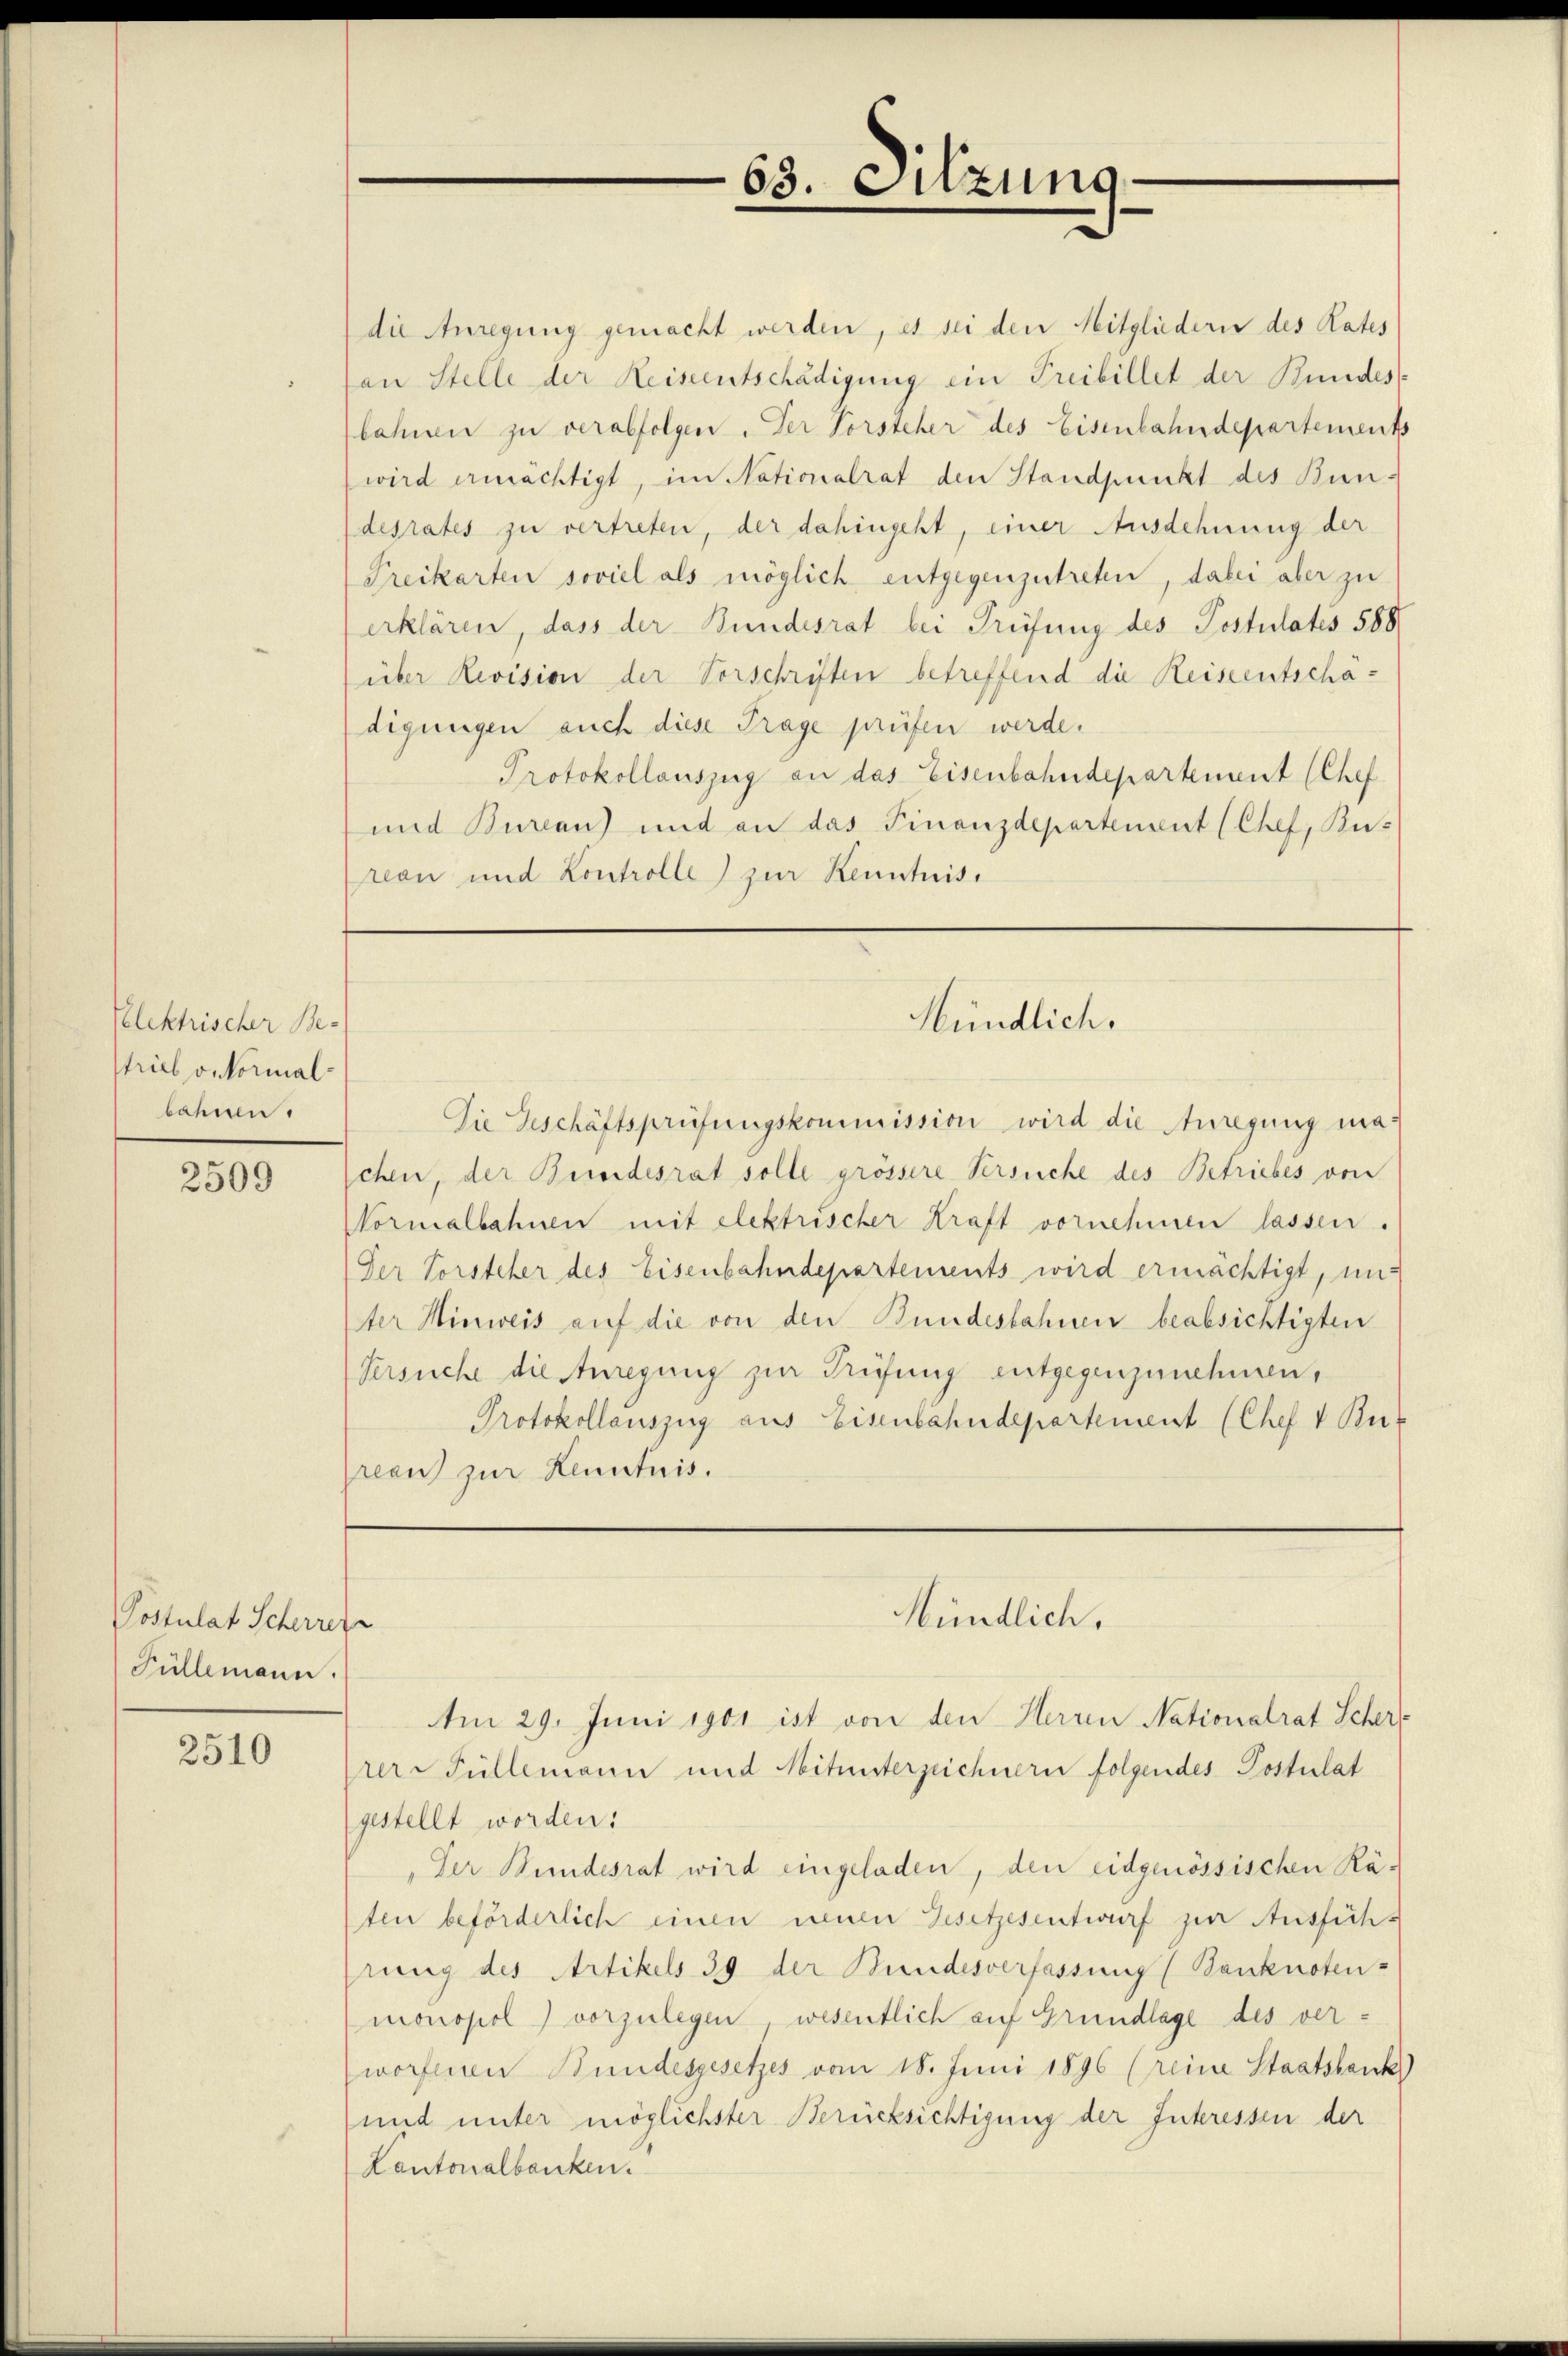
Pelektrischer Be-
strieb oekormalbahnen.

2509

Postulat Scherun
Füllemann.

2510

die Anregung gemacht werden, es sei den Mitgliedern des Rates
an Stelle der Heiseentschädigung ein Treibillet der Bundes-
lahnen zu verabfolgen. Der Vorsteher des Eisenbahndepartements
wird ermächtigt, im Nationalrat den Standpunkt des Bundesrates zu vertreten, der dahingeht, einer Ausdehnung der
Treikarten soviel als möglich entgegenzutreten, dabei aber zu
erklären, dass der Bundesrat bei Prüfung des Postulates 588
über Revision der Vorschriften betreffend die Reiseentschädigungen auch diese Frage prüfen werde.
Protokollauszug an das Eisenbahndepartement (Chef
und Bureau) und an das Finanzdepartement (Chef, Bus
reon und Controlle) zur Kenntniss

Die Geschäftsprüfungskommission wird die Anregung maschen, der Bundesrat solle grössere Versuche des Betriebes von
Vornalbahnen mit elektrischer Kraft vornehmen lassen.
Der Vorsteher des Eisenbahndepartements wird ermächtigt, uns
ter Hinweis auf die von den Bundesbahnen beabsichtigten
Versuche die Anregung zur Prüfung entgegenzunehmen,
Protokollauszug aus Eisenbahndepartement (Chef V Bux
pran zur Kenntnis.

Am 29. Juni 1901 ist von den Herren Nationalrat Scher
prer Füllemann und Mitunterzeichnern folgendes Postulat
gestellt worden:
„Der Bundesrat wird eingeladen, den eidgenössischen Rä-
ten beförderlich einen neuen Gesetzesentwurf zur Ausführ
hrung des Artikels 39 der Bundesverfassung (Banknoten-
monopol) vorzulegen wesentlich auf Grundlage des verworfenen Bundesgesetzes vom 18. Juni 1896 (reine Staatsbank
und unter möglichster Berücksichtigung der Interessen der
Kantonalbanken.

63. Sitzung.

Hündlich.

Mündlich.